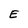
Character: E